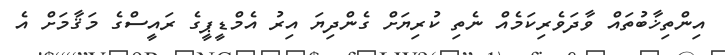
އިންތިޚާބުތައް ވާދަވެރިކަމެއް ނެތި ކުރިޔަށް ގެންދިޔަ އިރު އެމްޑީޕީގެ ރައީސްގެ މަޤާމަށް އެ